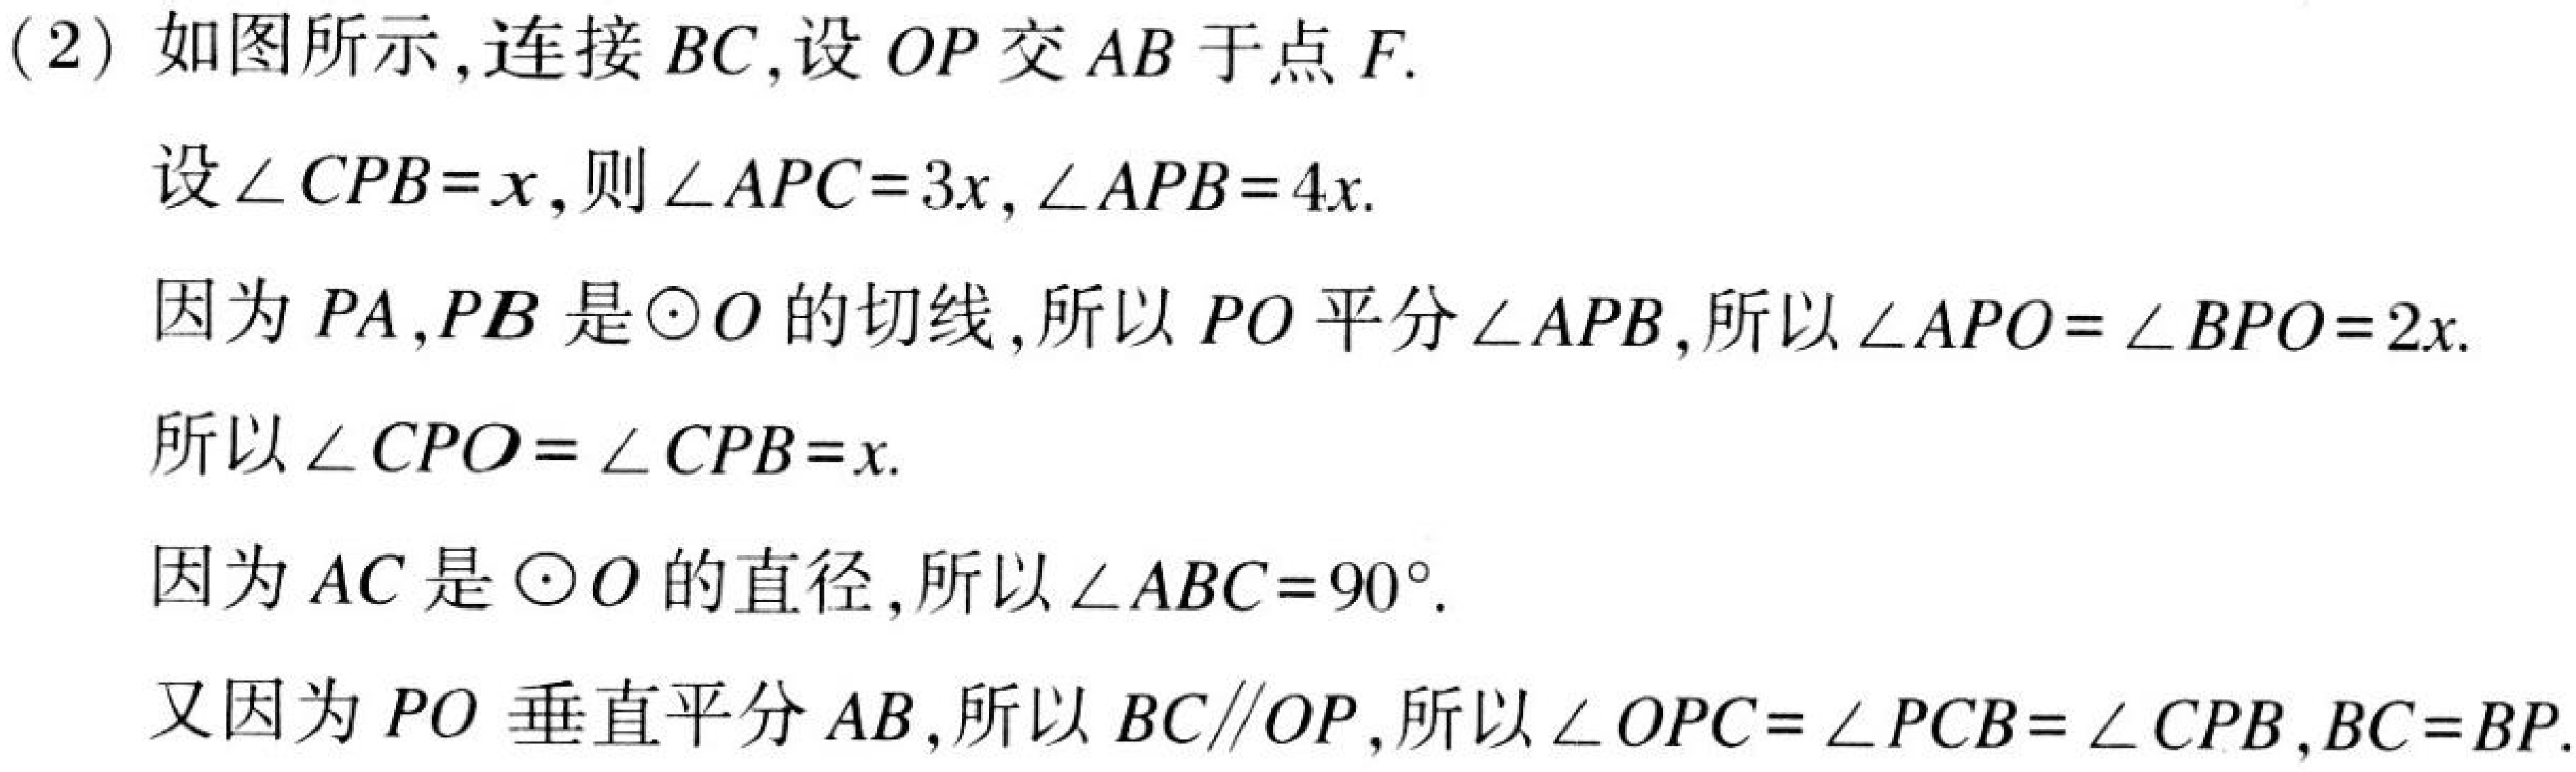
(2) 如图所示，连接\(BC\)，设\(OP\)交\(AB\)于点\(F\).
设\(\angle CPB = x\)，则\(\angle APC = 3x\)，\(\angle APB = 4x\).
因为\(PA,PB\)是\(\odot O\)的切线，所以\(PO\)平分\(\angle APB\)，所以\(\angle APO=\angle BPO = 2x\).
所以\(\angle CPO=\angle CPB = x\).
因为\(AC\)是\(\odot O\)的直径，所以\(\angle ABC = 90^{\circ}\).
又因为\(PO\)垂直平分\(AB\)，所以\(BC\parallel OP\)，所以\(\angle OPC=\angle PCB=\angle CPB\)，\(BC = BP\).